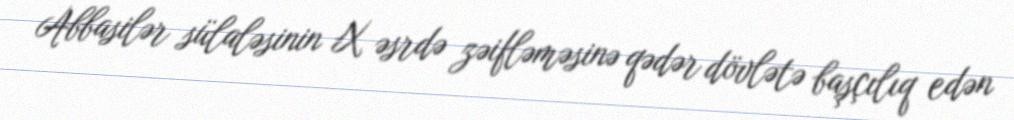
Abbasilər sülaləsinin X əsrdə zəifləməsinə qədər dövlətə başçılıq edən